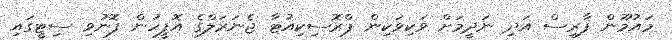
މައުމޫން ފާރިސް އަދި ނަދީމަށް ވަކިވަކިން ޕްރޮސިކިއުޓާ ޖެނަރަލްގެ އޮފީހުން ފޮނުވި ސިޓީގައި